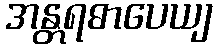
အန္တရဓာပေယျ